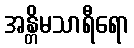
အန္တိမသာရီရော